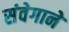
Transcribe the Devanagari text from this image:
संवेगाने